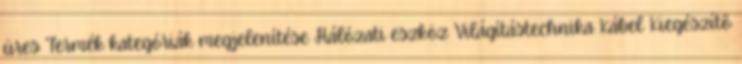
üres Termék kategóriák megjelenítése Hálózati eszköz Világítástechnika Kábel Kiegészítõ